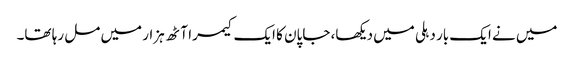
میں نے ایک بار دہلی میں دیکھا، جاپان کا ایک کیمرا آٹھ ہزار میں مل رہا تھا۔